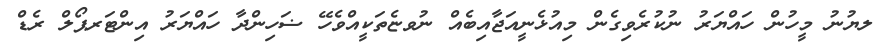
ލޔުނު މީހުން ހައްޔަރު ނުކުރެވިގެން މިއުޅެނީއަޖާއިބެއް ނުވޏެތަކީއްވެހޭ ޟަހިންދާ ހައްޔަރު އިންޓަރޕޯލް ރެޑް